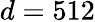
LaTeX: d=512